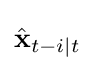
{\hat {\mathbf {x} }}_{t-i\mid t}